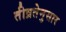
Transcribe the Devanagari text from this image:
तीव्रतेनुसार